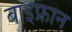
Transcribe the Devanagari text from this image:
बाइफ्रान